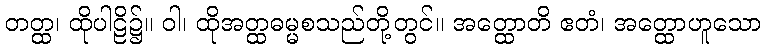
တတ္ထ၊ ထိုပါဠိ၌။ ဝါ၊ ထိုအတ္ထဓမ္မစသည်တို့တွင်။ အတ္ထောတိ ဧတံ၊ အတ္ထောဟူသော